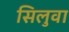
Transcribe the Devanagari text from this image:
सिलुवा